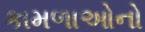
કામળાઓનો